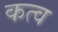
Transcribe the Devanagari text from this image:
कत्व